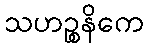
သဟဉ္စနိကေ